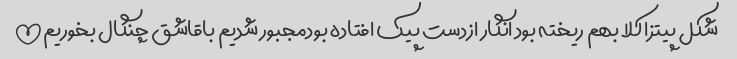
شکل پیتزا کلا بهم ریخته بود انگار ازدست پیک افتاده بودمجبور شدیم باقاشق چنگال بخوریم!!!!